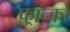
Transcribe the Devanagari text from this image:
फ़्रान्को